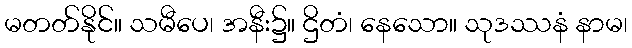
မတတ်နိုင်။ သမီပေ၊ အနီး၌။ ဌိတံ၊ နေသော။ သုဒဿနံ နာမ၊